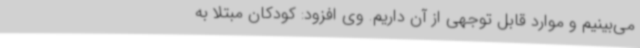
می‌بینیم و موارد قابل توجهی از آن داریم. وی افزود: کودکان مبتلا به